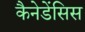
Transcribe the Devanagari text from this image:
कैनेडेंसिस